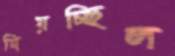
মিয়চ্ছিল